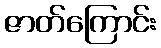
ဇာတ်ကြောင်း